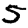
Digit: 5